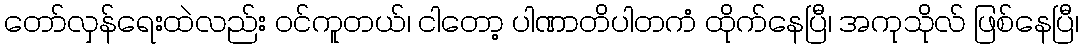
တော်လှန်ရေးထဲလည်း ဝင်ကူတယ်၊ ငါတော့ ပါဏာတိပါတကံ ထိုက်နေပြီ၊ အကုသိုလ် ဖြစ်နေပြီ၊